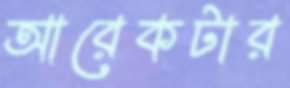
আরেকটার